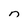
Character: n